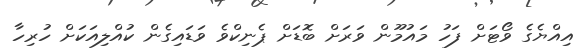
އިއްޔެގެ ވޯޓަށް ފަހު މައުމޫން ވަރަށް ބޮޑަށް ޕެނިކްވެ ވަޑައިގެން ކުއްލިއަކަށް ހުރިހާ